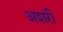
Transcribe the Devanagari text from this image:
अशरी